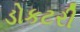
ડોકટરી